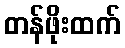
တန်ဖိုးထက်